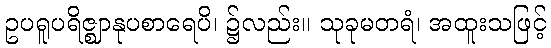
ဥပရူပရိဇ္ဈာနုပစာရေပိ၊ ၌လည်း။ သုခုမတရံ၊ အထူးသဖြင့်